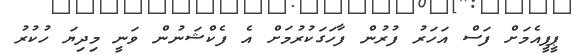
ޕީޕީއެމަށް ފަސް އަހަރު ފުރުން ފާހަގަކުރުމަށް އެ ފެކްޝަނުން ވަނީ މިދިޔަ ހުކުރު